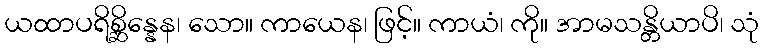
ယထာပရိစ္ဆိန္နေန၊ သော။ ကာယေန၊ ဖြင့်။ ကာယံ၊ ကို။ အာမသန္တိယာပိ၊ သုံ